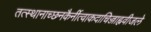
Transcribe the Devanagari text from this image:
तत्स्थानाच्छनकैर्नीत्वाकदाचिज्जाह्नवीजले